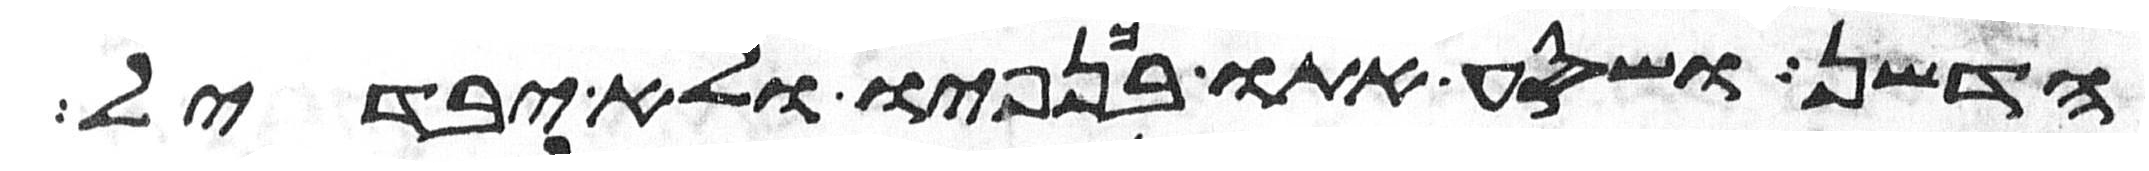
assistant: הדשן ושסע אתו בכנפיו ולא יבדל